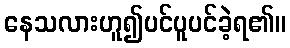
နေသလားဟူ၍ပင်ပူပင်ခဲ့ရ၏။